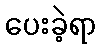
ပေးခဲ့ရာ